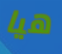
هيا